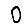
Digit: 0